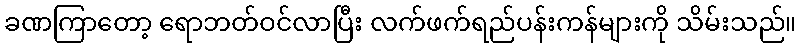
ခဏကြာတော့ ရောဘတ်ဝင်လာပြီး လက်ဖက်ရည်ပန်းကန်များကို သိမ်းသည်။